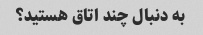
به دنبال چند اتاق هستید؟